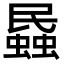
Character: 蟁